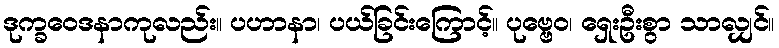
ဒုက္ခဝေဒနာကုလည်း။ ပဟာနာ၊ ပယ်ခြင်းကြောင့်။ ပုဗ္ဗေဝ၊ ရှေးဦးစွာ သာလျှင်။